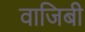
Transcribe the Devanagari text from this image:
वाजिबी